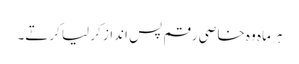
ہر ماہ وہ خاصی رقم پس انداز کر لیا کرتے۔